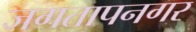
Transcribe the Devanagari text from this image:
जगतापनगर